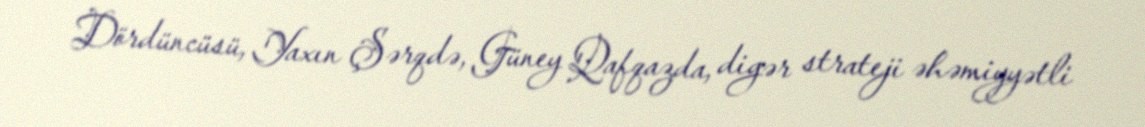
Dördüncüsü, Yaxın Şərqdə, Güney Qafqazda, digər strateji əhəmiyyətli